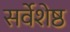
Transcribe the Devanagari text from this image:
सर्वेशेष्ठ